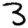
Digit: 3